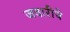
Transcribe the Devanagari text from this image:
जवारीचे